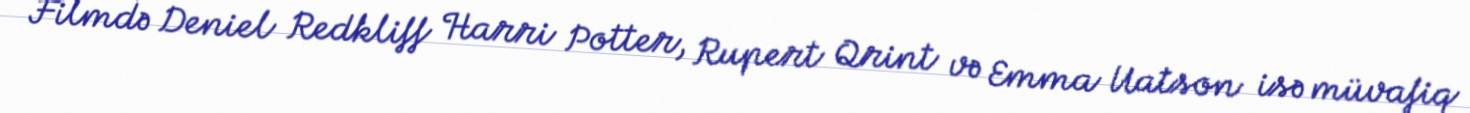
Filmdə Deniel Redkliff Harri Potter, Rupert Qrint və Emma Uatson isə müvafiq